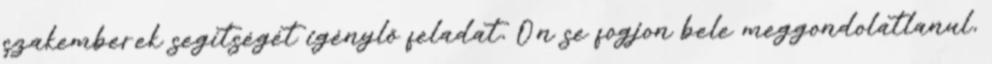
szakemberek segítségét igénylő feladat, Ön se fogjon bele meggondolatlanul,